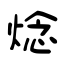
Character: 焾